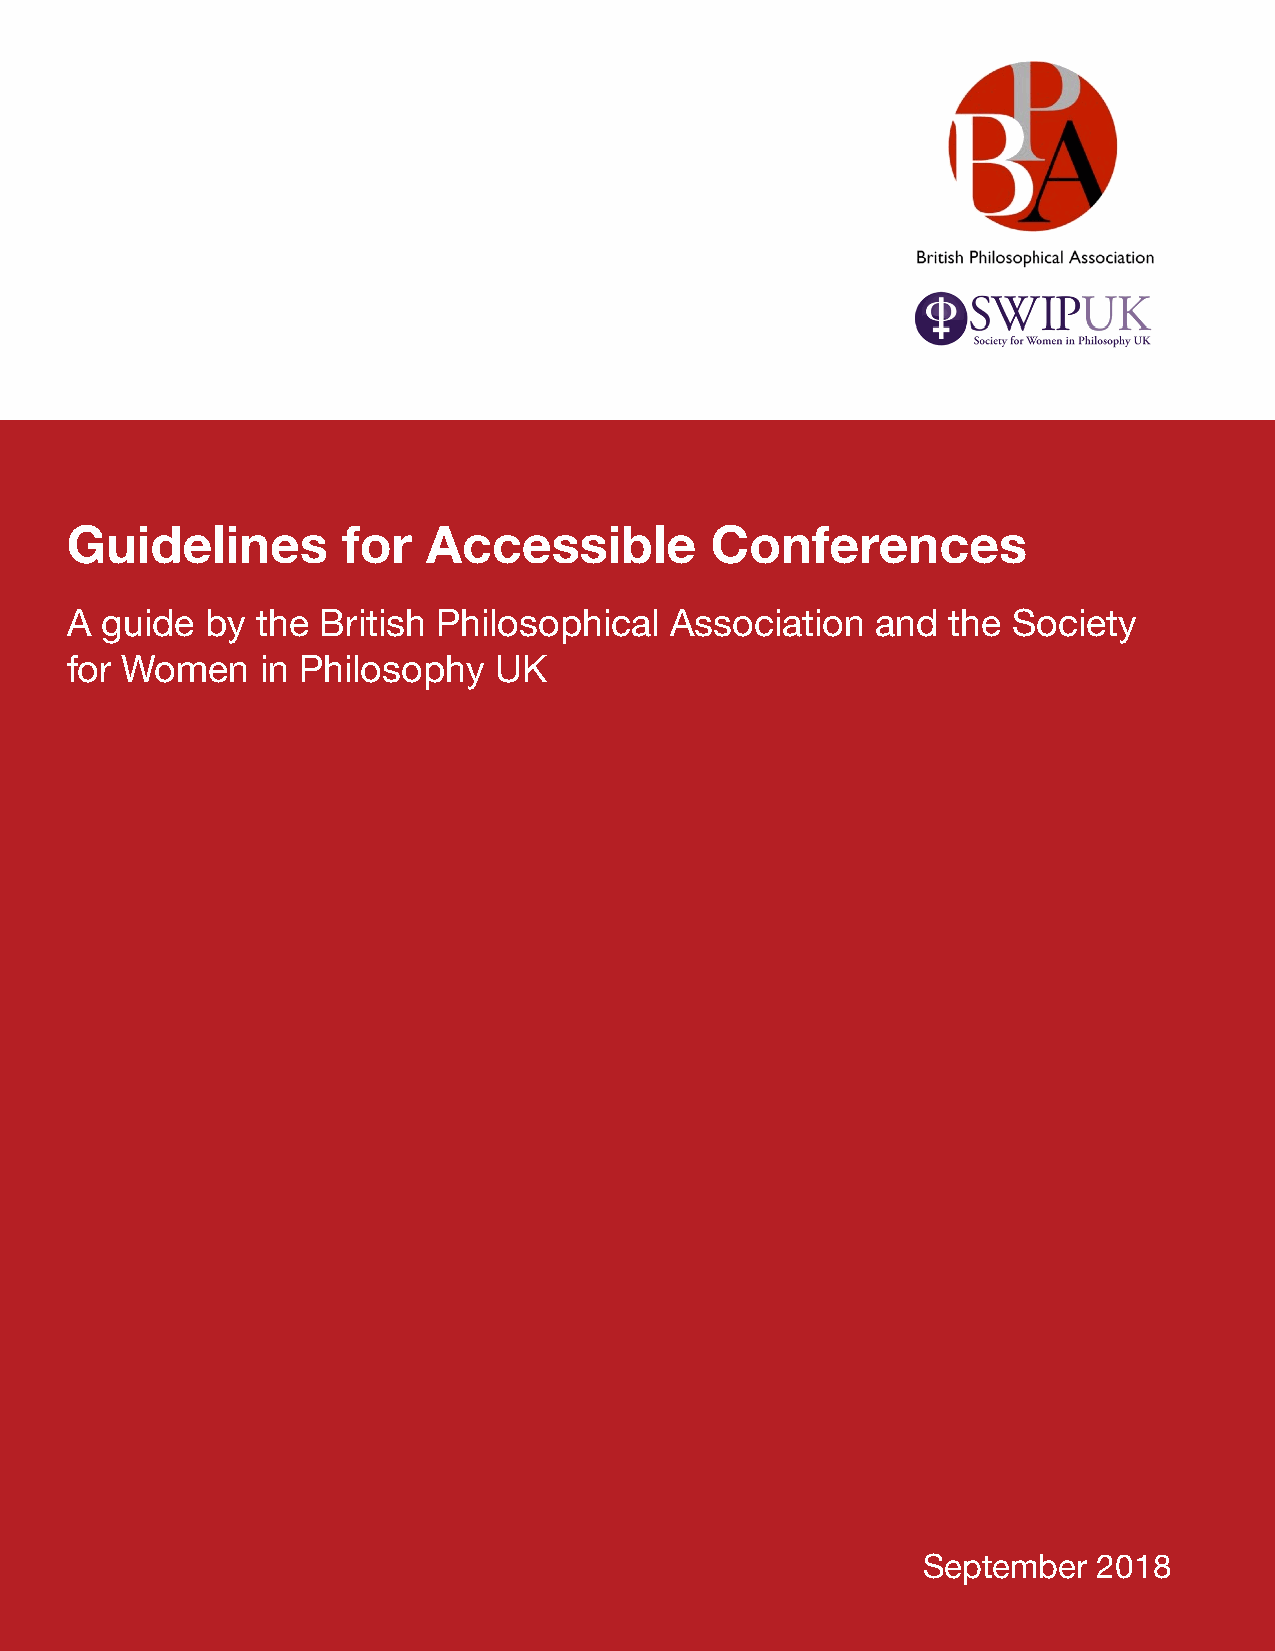
Guidelines         for  Accessible         Conferences
 A  guide  by the British Philosophical  Association   and  the Society
 for Women    in Philosophy   UK
 September   2018